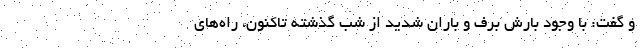
و گفت: با وجود بارش برف و باران شدید از شب گذشته تاکنون، راه‌های